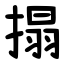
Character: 搨